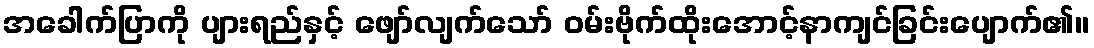
အခေါက်ပြာကို ပျားရည်နှင့် ဖျော်လျက်သော် ဝမ်းဗိုက်ထိုးအောင့်နာကျင်ခြင်းပျောက်၏။